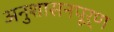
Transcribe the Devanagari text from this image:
अनुशासनपूर्ण